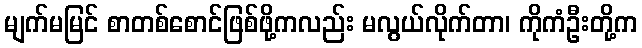
မျက်မမြင် စာတစ်စောင်ဖြစ်ဖို့ကလည်း မလွယ်လိုက်တာ၊ ကိုကံဦးတို့က